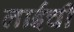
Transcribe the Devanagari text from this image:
लाईची